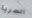
السرية